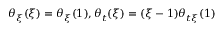
\theta _ { \xi } ( \xi ) = \theta _ { \xi } ( 1 ) , \theta _ { t } ( \xi ) = ( \xi - 1 ) \theta _ { t \xi } ( 1 )